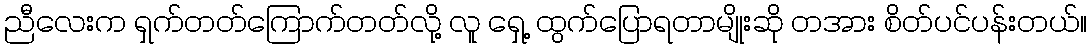
ညီလေးက ရှက်တတ်ကြောက်တတ်လို့ လူ ရှေ့ ထွက်ပြောရတာမျိုးဆို တအား စိတ်ပင်ပန်းတယ်။